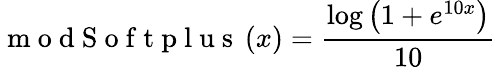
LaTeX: \mathrm{~m~o~d~S~o~f~t~p~l~u~s~}\left(x\right)=\frac{\log{\left(1+e^{10x}\right)}}{10}